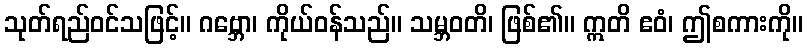
သုတ်ရည်ဝင်သဖြင့်။ ဂဗ္ဘော၊ ကိုယ်ဝန်သည်။ သမ္ဘဝတိ၊ ဖြစ်၏။ ဣတိ ဧဝံ၊ ဤစကားကို။